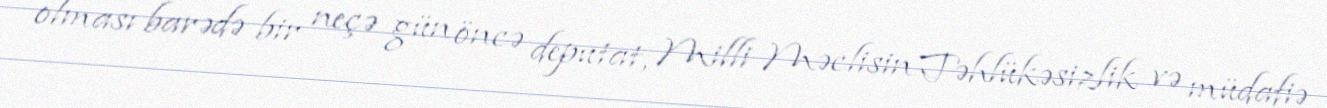
olması barədə bir neçə gün öncə deputat, Milli Məclisin Təhlükəsizlik və müdafiə